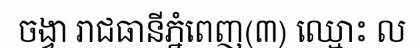
ចង្វា រាជធានីភ្នំពេញ(៣) ឈ្មោះ ល